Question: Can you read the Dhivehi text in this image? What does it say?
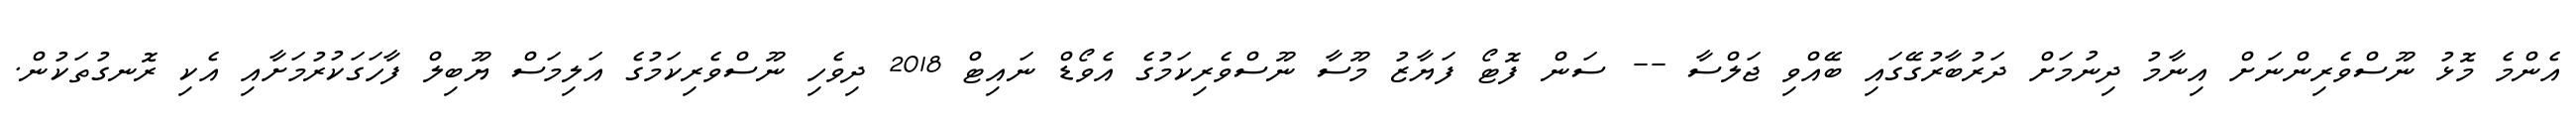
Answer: އެންމެ މޮޅު ނޫސްވެރިންނަށް އިނާމު ދިނުމަށް ދަރުބާރުގޭގައި ބޭއްވި ޖަލްސާ -- ސަން ފޮޓޯ ފަޔާޒު މޫސާ ނޫސްވެރިކަމުގެ އެވޯޑް ނައިޓް 2018 ދިވެހި ނޫސްވެރިކަމުގެ އަލިމަސް ޔޫބިލް ފާހަގަކުރުމަށާއި އެކި ރޮނގުތަކުން.